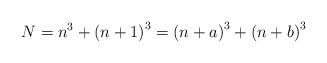
LaTeX: \begin{align*}N=n^{3}+\left(n+1\right)^{3}=\left(n+a\right)^{3}+\left(n+b\right)^{3}\end{align*}